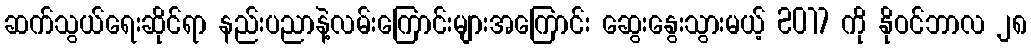
ဆက်သွယ်ရေးဆိုင်ရာ နည်းပညာနဲ့လမ်းကြောင်းများအကြောင်း ဆွေးနွေးသွားမယ့် 2017 ကို နိုဝင်ဘာလ ၂၈